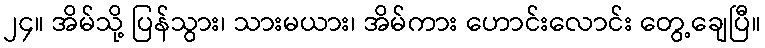
၂၄။ အိမ်သို့ ပြန်သွား၊ သားမယား၊ အိမ်ကား ဟောင်းလောင်း တွေ့ချေပြီ။